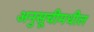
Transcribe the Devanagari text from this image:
अनुसूचीमधील